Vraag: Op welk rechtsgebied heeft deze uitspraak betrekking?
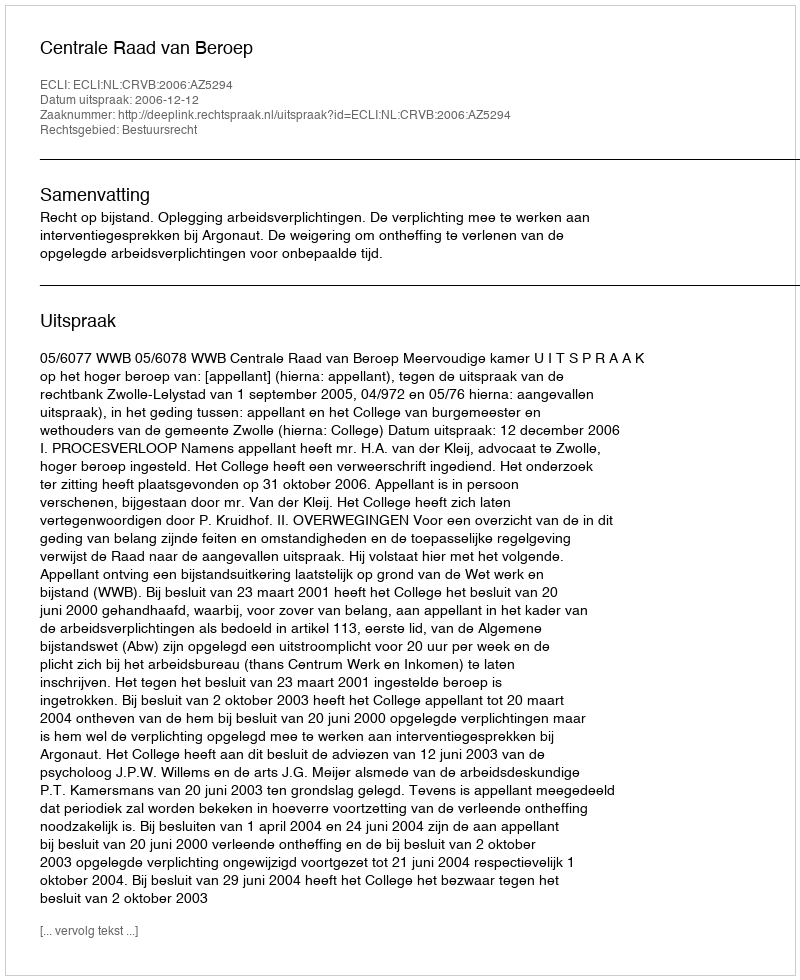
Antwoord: Bestuursrecht